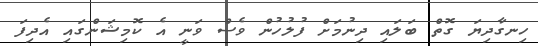
ހިނގާދިޔަ ގޮތް ބަލައި ދިނުމަށް ފުލުހުން ވެސް ވަނީ އެ ކޮމިޝަންގައި އެދިފަ